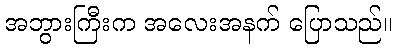
အဘွားကြီးက အလေးအနက် ပြောသည်။